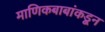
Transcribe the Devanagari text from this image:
माणिकबाबांकडून